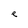
Character: e